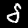
Label: 5